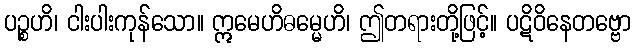
ပဉ္စဟိ၊ ငါးပါးကုန်သော။ ဣမေဟိဓမ္မေဟိ၊ ဤတရားတို့ဖြင့်။ ပဋိဝိနေတဗ္ဗော